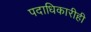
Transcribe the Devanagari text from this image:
पदाधिकारीही